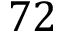
7 2